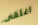
اغلقى